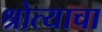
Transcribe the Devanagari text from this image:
श्रोत्याचा